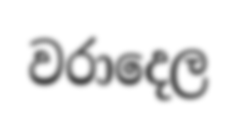
වරාදෙල